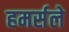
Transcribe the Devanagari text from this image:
हमर्सले